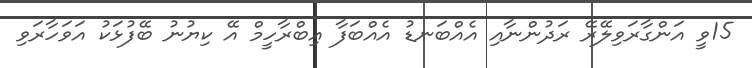
15ވީ އަންގާރަވިލޭރޭ ރަދުންނާއި އެއްބަނޑު އެއްބަފާ އިބްރާހީމް އޭ ކިޔުނު ބޭފުޅަކު އަވަހާރަވި